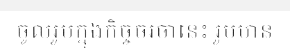
ចូលរួមក្នុងកិច្ចចរចានេះ រួមមាន